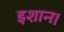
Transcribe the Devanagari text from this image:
इशान।